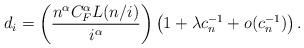
LaTeX: \begin{align*} d_i= \left(\frac{n^{\alpha}C_F^{\alpha}L(n/i)}{i^{\alpha}}\right) \left( 1+\lambda c_n^{-1}+o(c_n^{-1})\right).\end{align*}